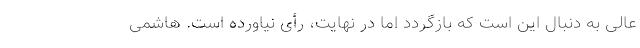
عالی به دنبال این است که بازگردد اما در نهایت، رأی نیاورده است. هاشمی